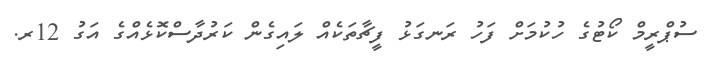
ސުޕްރީމް ކޯޓުގެ ހުކުމަށް ފަހު ރަނގަޅު ފީޗާތަކެއް ލައިގެން ކަރުދާސްކޮޅެއްގެ އަގު 12ރ.